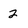
Character: 2